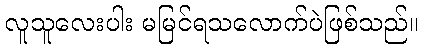
လူသူလေးပါး မမြင်ရသလောက်ပဲဖြစ်သည်။